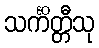
သင်္ကိတ္တီသု